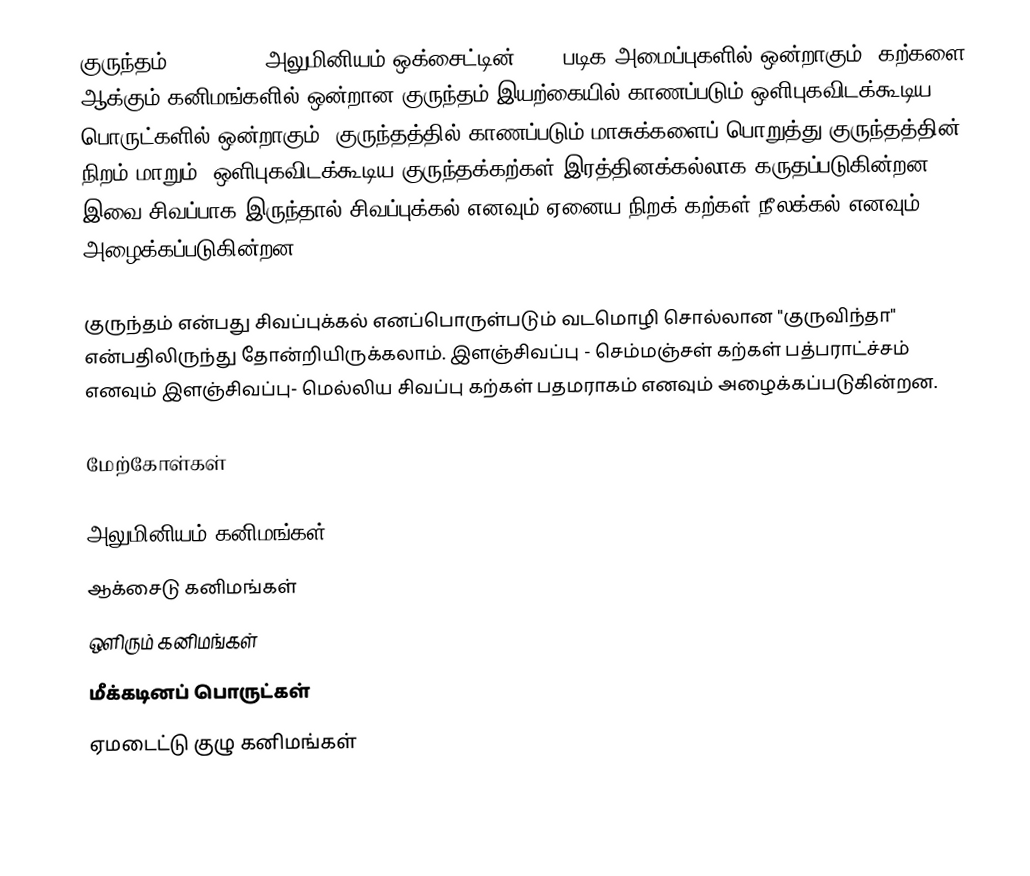
குருந்தம் (corundum) அலுமினியம் ஒக்சைட்டின் (α-) படிக அமைப்புகளில் ஒன்றாகும். கற்களை ஆக்கும் கனிமங்களில் ஒன்றான குருந்தம் இயற்கையில்  காணப்படும் ஒளிபுகவிடக்கூடிய பொருட்களில் ஒன்றாகும். குருந்தத்தில் காணப்படும் மாசுக்களைப் பொறுத்து குருந்தத்தின் நிறம் மாறும். ஒளிபுகவிடக்கூடிய குருந்தக்கற்கள் இரத்தினக்கல்லாக கருதப்படுகின்றன. இவை சிவப்பாக இருந்தால் சிவப்புக்கல் எனவும் ஏனைய நிறக் கற்கள் நீலக்கல் எனவும் அழைக்கப்படுகின்றன.

குருந்தம் என்பது சிவப்புக்கல் எனப்பொருள்படும் வடமொழி சொல்லான "குருவிந்தா" என்பதிலிருந்து தோன்றியிருக்கலாம். இளஞ்சிவப்பு - செம்மஞ்சள் கற்கள்  பத்பராட்ச்சம் எனவும் இளஞ்சிவப்பு- மெல்லிய சிவப்பு கற்கள் பதமராகம் எனவும் அழைக்கப்படுகின்றன.

மேற்கோள்கள்

அலுமினியம் கனிமங்கள்
ஆக்சைடு கனிமங்கள்
ஒளிரும் கனிமங்கள்
மீக்கடினப் பொருட்கள்
ஏமடைட்டு குழு கனிமங்கள்